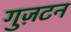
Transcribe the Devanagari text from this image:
गुज़टन